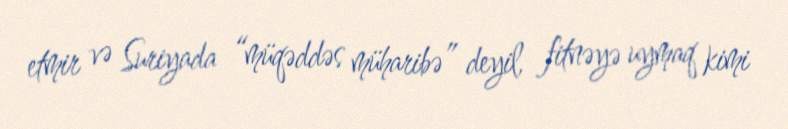
etmir və Suriyada “müqəddəs müharibə” deyil, fitnəyə uymaq kimi